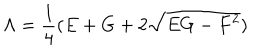
\Lambda = \frac { 1 } { 4 } ( E + G + 2 \sqrt { E G - F ^ { 2 } } )